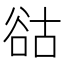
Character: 𧮴